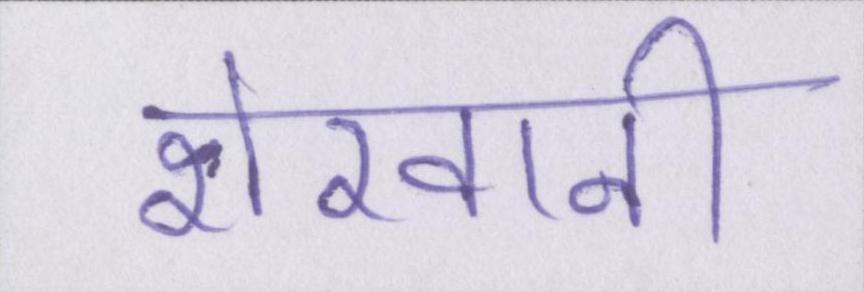
शेरवानी